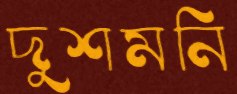
দুশমনি